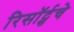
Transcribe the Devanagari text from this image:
रिसॉर्ट्सचे